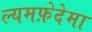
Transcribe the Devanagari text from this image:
ल्यमफ़ेदेमा